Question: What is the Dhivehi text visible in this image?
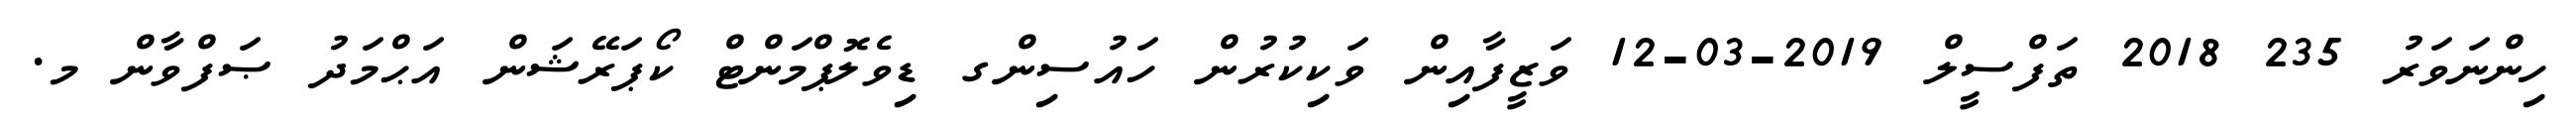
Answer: ހިންނަވަރު 235 2018 ތަފްސީލް 2019-03-12 ވަޒީފާއިން ވަކިކުރުން ހައުސިންގ ޑިވެލޮޕްމަންޓް ކޯޕަރޭޝަން އަޙްމަދު ޞަފްވާން މ.